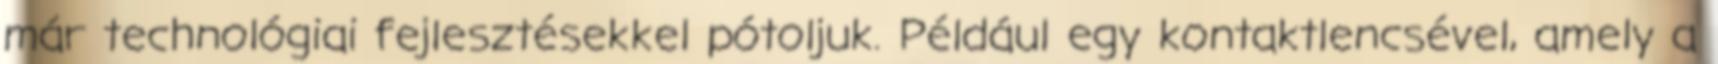
már technológiai fejlesztésekkel pótoljuk. Például egy kontaktlencsével, amely a